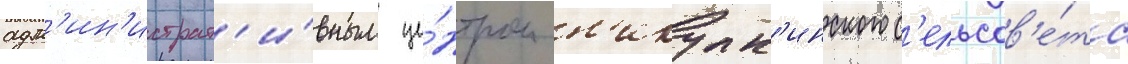
адм'ин'истрат'и́вным це́нтром н'икулк'инского с'ельсов'е́та